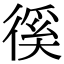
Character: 徯